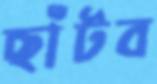
ছাঁটব